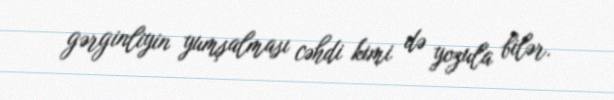
gərginliyin yumşalması cəhdi kimi də yozula bilər.